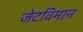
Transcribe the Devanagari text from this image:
जेटविमान